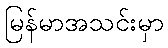
မြန်မာအသင်းမှာ